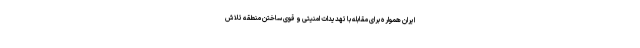
ایران همواره برای مقابله با تهدیدات امنیتی و قوی ساختن منطقه تلاش